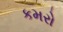
કમરો